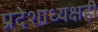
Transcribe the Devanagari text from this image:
प्रदेशाध्यक्षही